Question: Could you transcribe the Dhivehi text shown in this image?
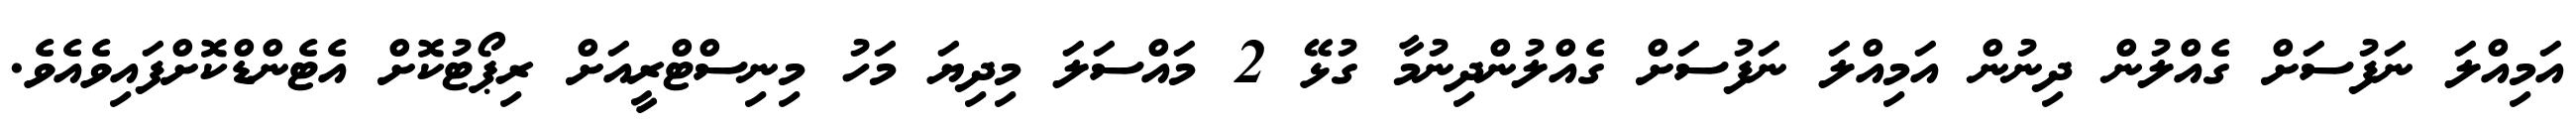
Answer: އަމިއްލަ ނަފުސަށް ގެއްލުން ދިނުން އަމިއްލަ ނަފުސަށް ގެއްލުންދިނުމާ ގުޅޭ 2 މައްސަލަ މިދިޔަ މަހު މިނިސްޓްރީއަށް ރިޕޯޓުކޮށް އެޓެންޑްކޮށްފައިވެއެވެ.